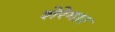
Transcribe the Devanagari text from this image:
शेरेगार